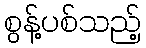
စွန့်ပစ်သည့်